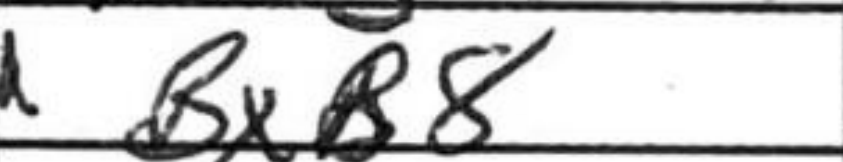
Transcription: Bxb8